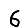
Digit: 6